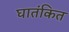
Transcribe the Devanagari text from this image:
घातंकित